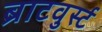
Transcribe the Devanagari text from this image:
ब्राटवुर्स्ट